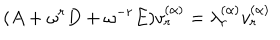
( A + \omega ^ { r } D + \omega ^ { - r } E ) v _ { r } ^ { ( \alpha ) } = \lambda _ { r } ^ { ( \alpha ) } v _ { r } ^ { ( \alpha ) }